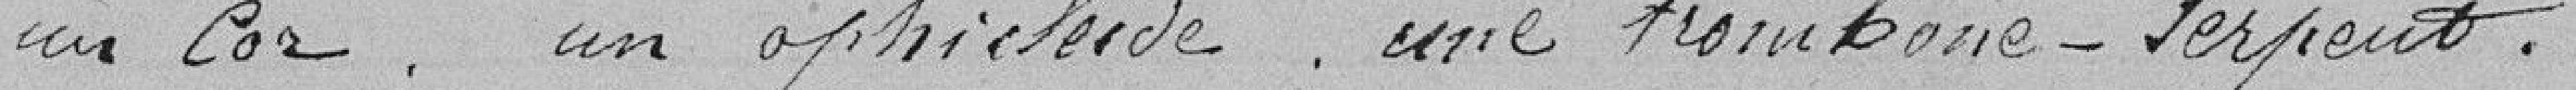
un cor, un philéïde, un trombone-serpent